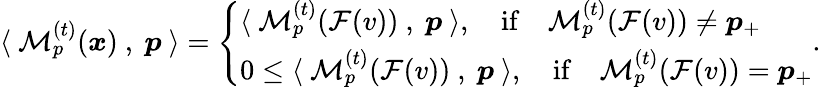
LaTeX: \langle~\mathcal{M}_{p}^{(t)}({\boldsymbol x})~,~{\boldsymbol p}~\rangle=\left\{ \begin{array}{ll}{\langle~\mathcal{M}_{p}^{(t)}(\mathcal{F}(v))~,~{\boldsymbol p}~\rangle,\quad\mathrm{if}\quad\mathcal{M}_{p}^{(t)}(\mathcal{F}(v))\neq{\boldsymbol p}_{+}}\\ {0\le\langle~\mathcal{M}_{p}^{(t)}(\mathcal{F}(v))~,~{\boldsymbol p}~\rangle,\quad\mathrm{if}\quad\mathcal{M}_{p}^{(t)}(\mathcal{F}(v))={\boldsymbol p}_{+}}\end{array}\right..